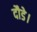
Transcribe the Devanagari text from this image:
दौडे।